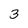
Character: 3